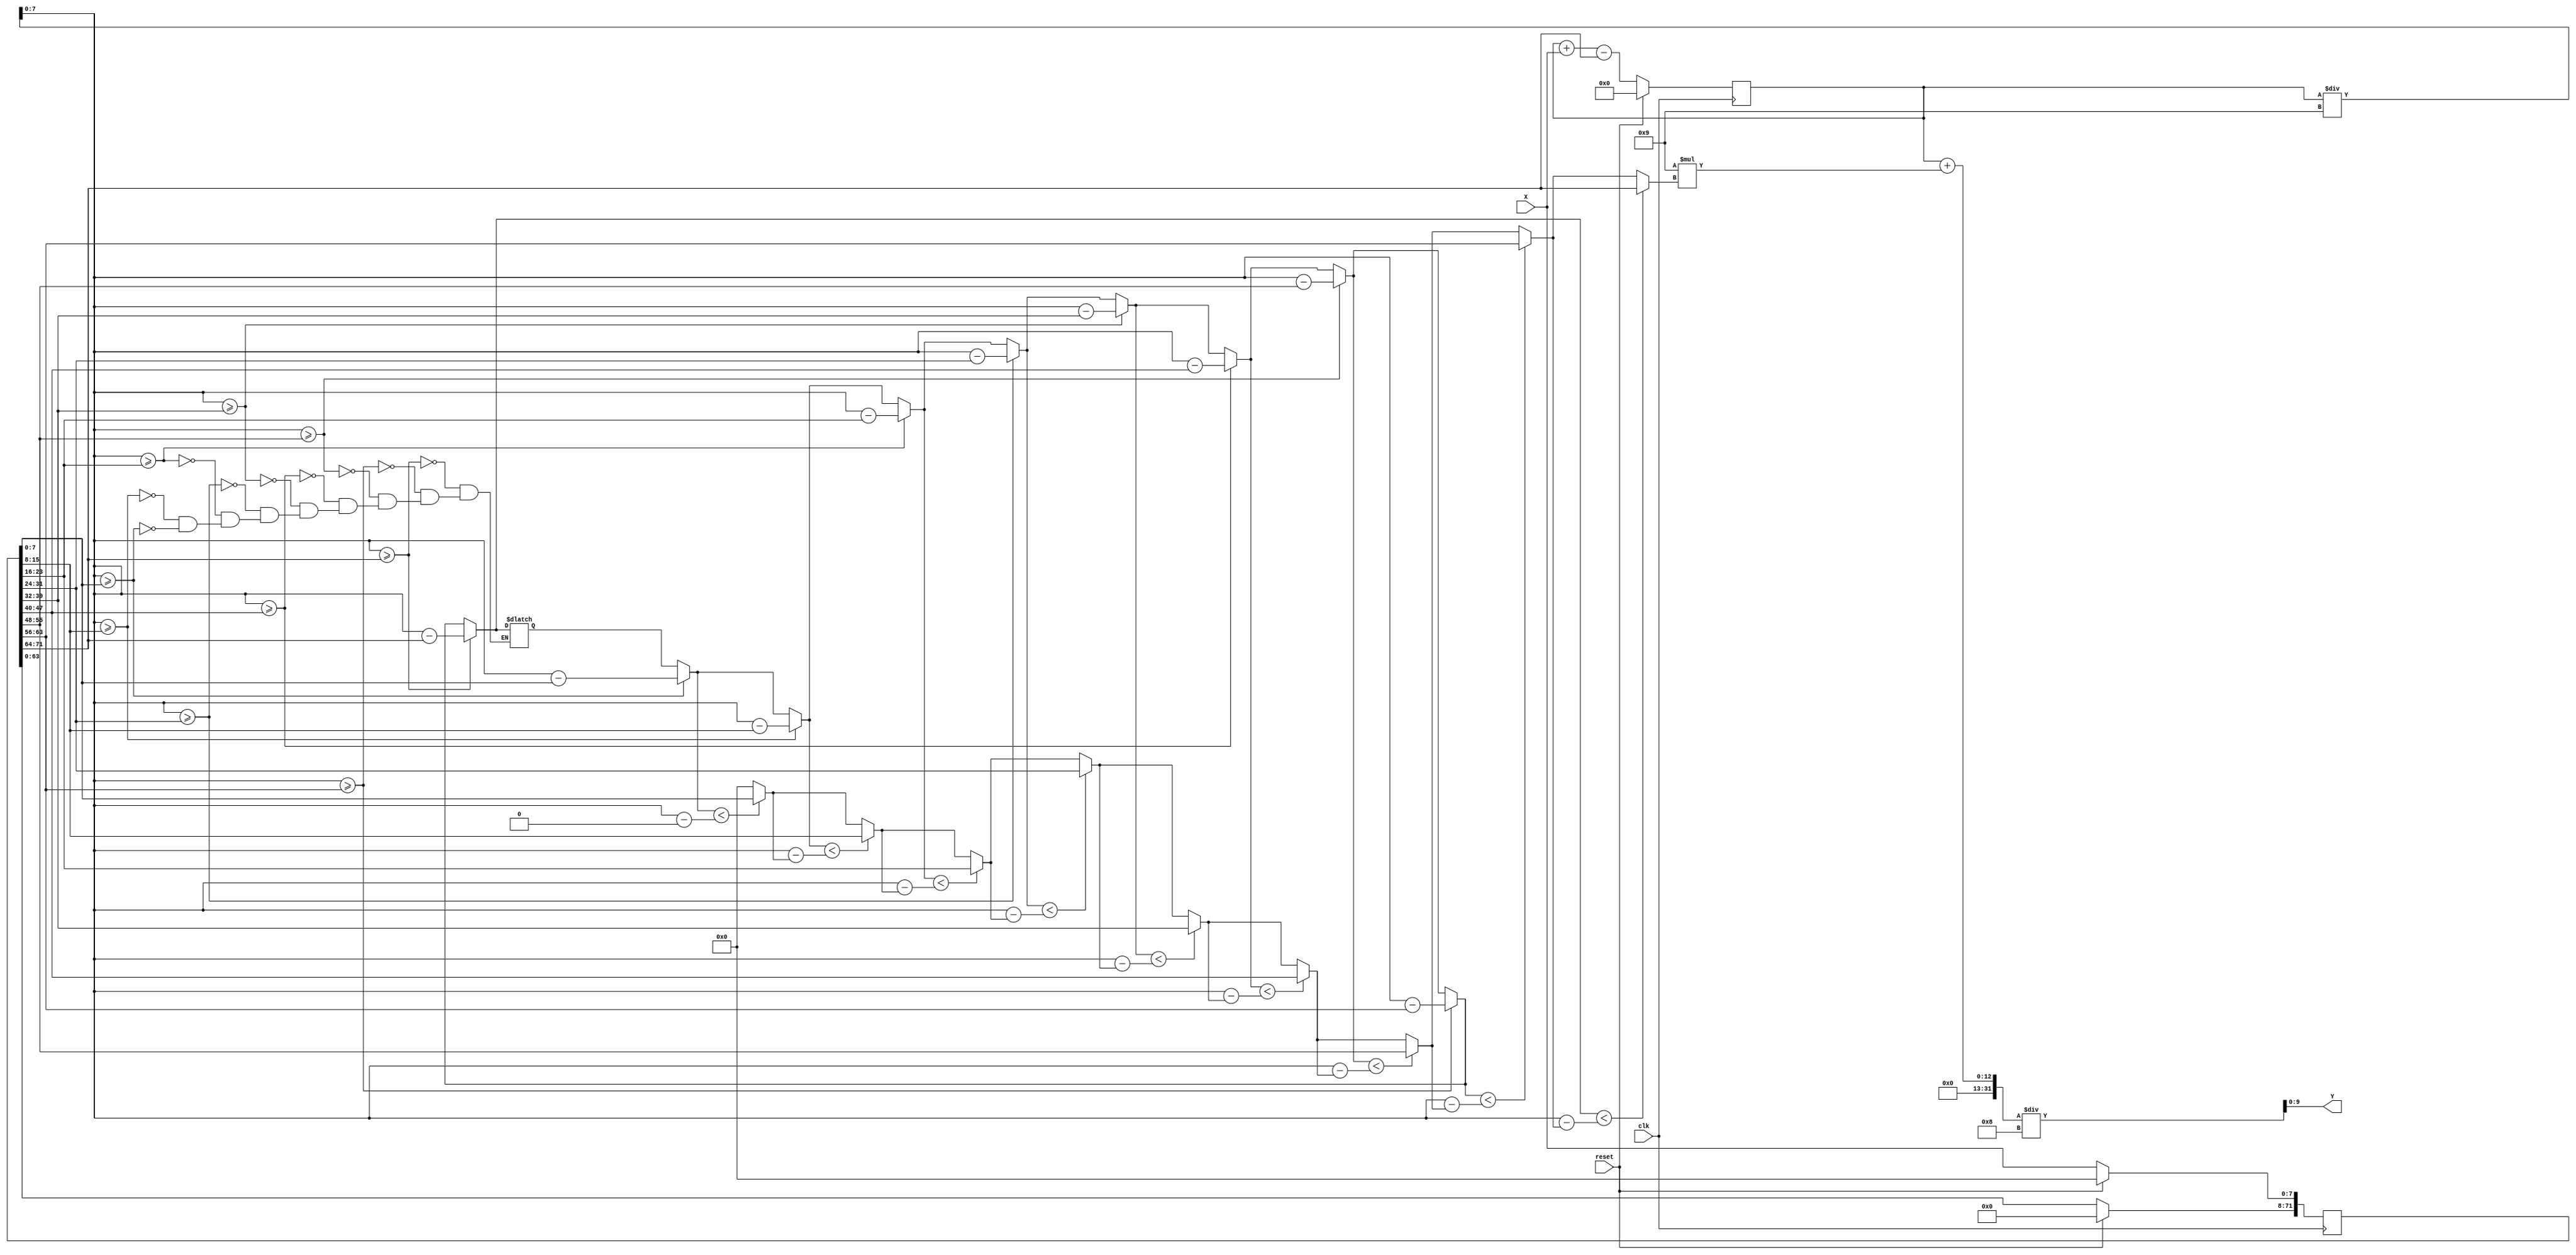
`timescale 1ns/10ps
module CS(Y, X, reset, clk);

    input           clk, reset; 
    input 	[7:0]   X;
    output 	[9:0]   Y;

    reg     [71:0]  ValX;
    reg     [11:0]  add_sum;
    reg     [7:0]   Xapp_compare1;
    reg     [7:0]   Xapp_compare2;
    reg     [71:0]  Last_X;
    reg     [7:0]   Xapp;
    
    wire    [11:0]  sum;
    wire    [7:0]   Xavg;
    integer         i;

    assign Y    = (add_sum + 9*Xapp)/8;
    assign sum  = add_sum + {4'b0, X} - {4'b0, ValX[71:64]} ;
    assign Xavg = add_sum/9;
    
    always @(posedge clk) begin
        if (reset == 1) begin
            ValX        <= 0;
            add_sum     <=0;
        end
        else begin
            ValX        <= ValX << 8;
            ValX[7:0]   <= X[7:0];
            add_sum     <= sum; 
                  
        end
    end
    
    always @(*) begin
        Xapp        = 0; 
        Last_X      = ValX;
        for(i=0; i<9; i = i+1) begin
            if  (i) Last_X = Last_X >> 8;
            if  (Xavg >= Last_X[7:0]) 
                Xapp_compare1   = Xavg  - Last_X[7:0];
                Xapp_compare2   = Xavg  - Xapp;
                Xapp            = (Xapp_compare1 < Xapp_compare2) ? Last_X[7:0]:Xapp;  
        end        
    end

endmodule